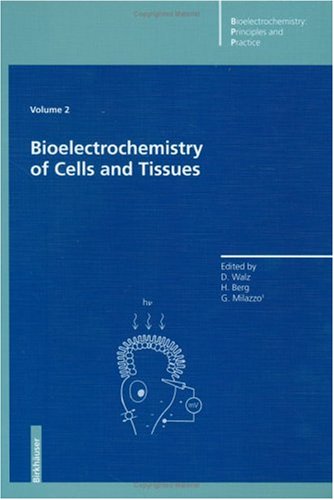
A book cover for Bioelectrochemistry of Cells and Tissues; Dieter Walz; Science & Math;